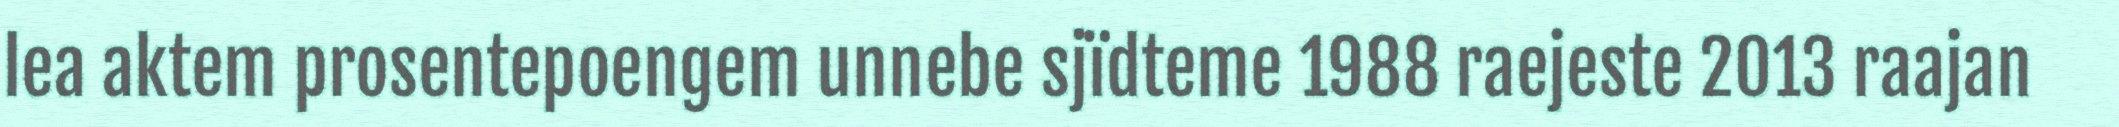
lea aktem prosentepoengem unnebe sjïdteme 1988 raejeste 2013 raajan